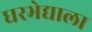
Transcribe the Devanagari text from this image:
घरभेद्याला